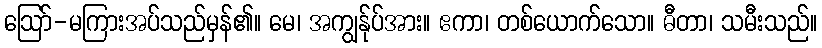
ဩော်-မကြားအပ်သည်မှန်၏။ မေ၊ အကျွန်ုပ်အား။ ဧကာ၊ တစ်ယောက်သော။ ဓီတာ၊ သမီးသည်။